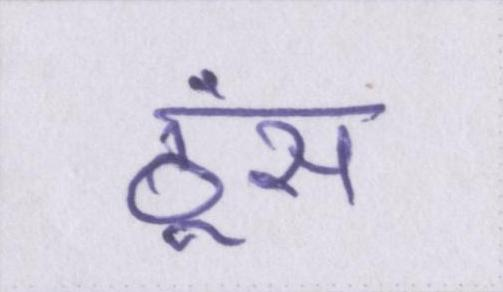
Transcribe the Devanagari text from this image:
ठूंस